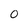
Character: 0